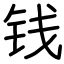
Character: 钱